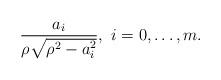
LaTeX: \begin{align*}\frac{a_{i}}{\rho\sqrt{\rho^{2}-a_{i}^{2}}}, \,\,i=0,\dots, m.\end{align*}